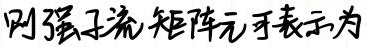
刚强子流矩阵元可表示为